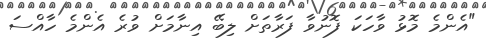
"އެންމެ މޮޅު ވާހަކަ ފޮނުވާ ފަރާތަށް ލިބޭ އިނާމަށް ވުރެ އެންމެ ހާއްސަ